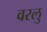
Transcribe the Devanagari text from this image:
वरलु